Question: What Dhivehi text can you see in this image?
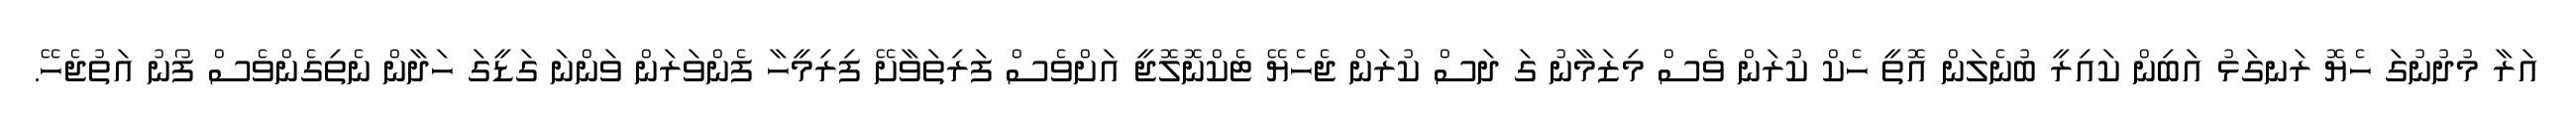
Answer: އަރާ މުދުނުގަ ހެޔޮ ރަނގަޅު އަބިން ކައިރީ ބުނެލަން އޮތީ ހެކް ކުރަން ވެސް މިޒަމާނު ގަ ދަސް ކުރަން ޖެހެޔޭ ޓެކްނޮލޮޖީ އަށްވެސް ފަރިތަވާށޭ ފިރިމީހާ ފެންވަރަން ވަންނަ ގަޑީގަ ހަދާން ނެތިގެންވެސް ފޯނު އަތުޖެހޭ.